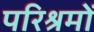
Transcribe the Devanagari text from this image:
परिश्रमों